Leaving Certificate Examination (including Day School Certificate (Higher) General paper), 1933
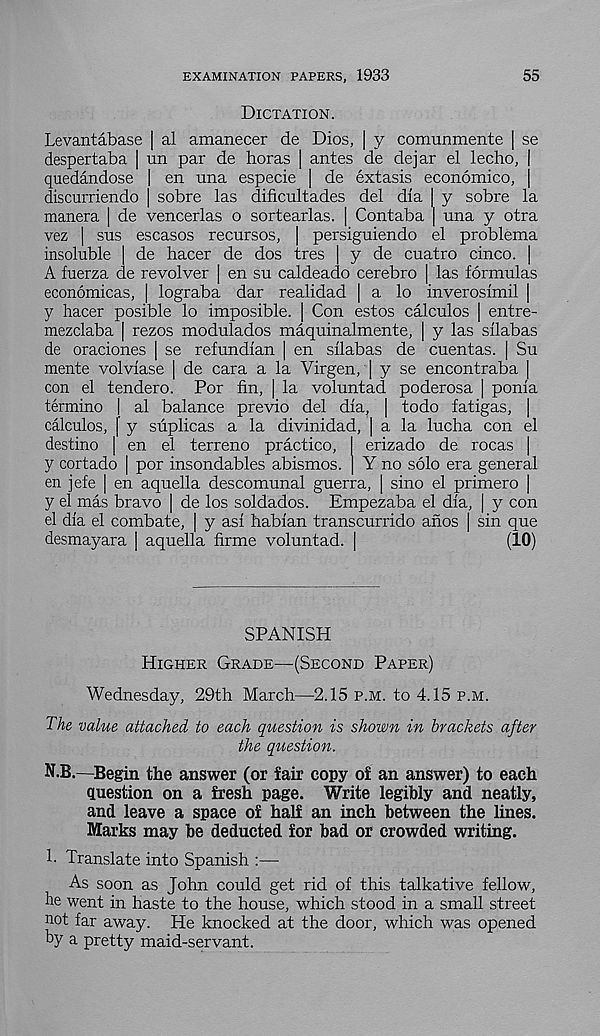
EXAMINATION PAPERS, 1933
55
Dictation.
Levantabase | al amanecer de Dios, | y comunmente | se
despertaba | iin par de boras | antes de dejar el lecho, |
quedandose | en una especie | de extasis economico, |
discurriendo | sobre las dificultades del dla | y sobre la
manera | de vencerlas o sortearlas. | Contaba | una y otra
vez | sus escasos recursos, | persiguiendo el problema
insoluble | de hacer de dos tres | y de cuatro cinco. |
A fuerza de revolver | en su caldeado cerebro | las formulas
economicas, | lograba dar realidad | a lo inverosimil |
y hacer posible lo imposible. | Con estos calculos | entre-
mezclaba | rezos modulados maquinalmente, | y las silabas
de oraciones | se refundian [ en silabas de cuentas. | Su
mente volviase | de cara a la Virgen, | y se encontraba |
con el tendero. Por fin, | la voluntad poderosa | ponia
termino | al balance previo del dia, | todo fatigas,
calculos, | y suplicas a la divinidad, | a la lucha con el
destino | en el terreno practice, I erizado de rocas |
y cortado | por insondables abismos. | Y no solo era general
en jefe | en aquella descomunal guerra, | sino el primero |
y el mas bravo | de los soldados. Empezaba el dia, | y con
el dia el combate, | y asi habian transcurrido anos | sin que
desmayara ] aquella firme voluntad. |
(10)
SPANISH
Higher Grade—(Second Paper)
Wednesday, 29th March—2.15 p.m. to 4.15 p.m.
The value attached to each question is shown in brackets after
the question.
N.B.—Begin the answer (or fair copy of an answer) to each
question on a fresh page. Write legibly and neatly,
and leave a space of half an inch between the lines.
Marks may be deducted for bad or crowded writing.
1- Translate into Spanish :—
As soon as John could get rid of this talkative fellow,
he went in haste to the house, which stood in a small street
not far away. He knocked at the door, which was opened
by a pretty maid-servant.